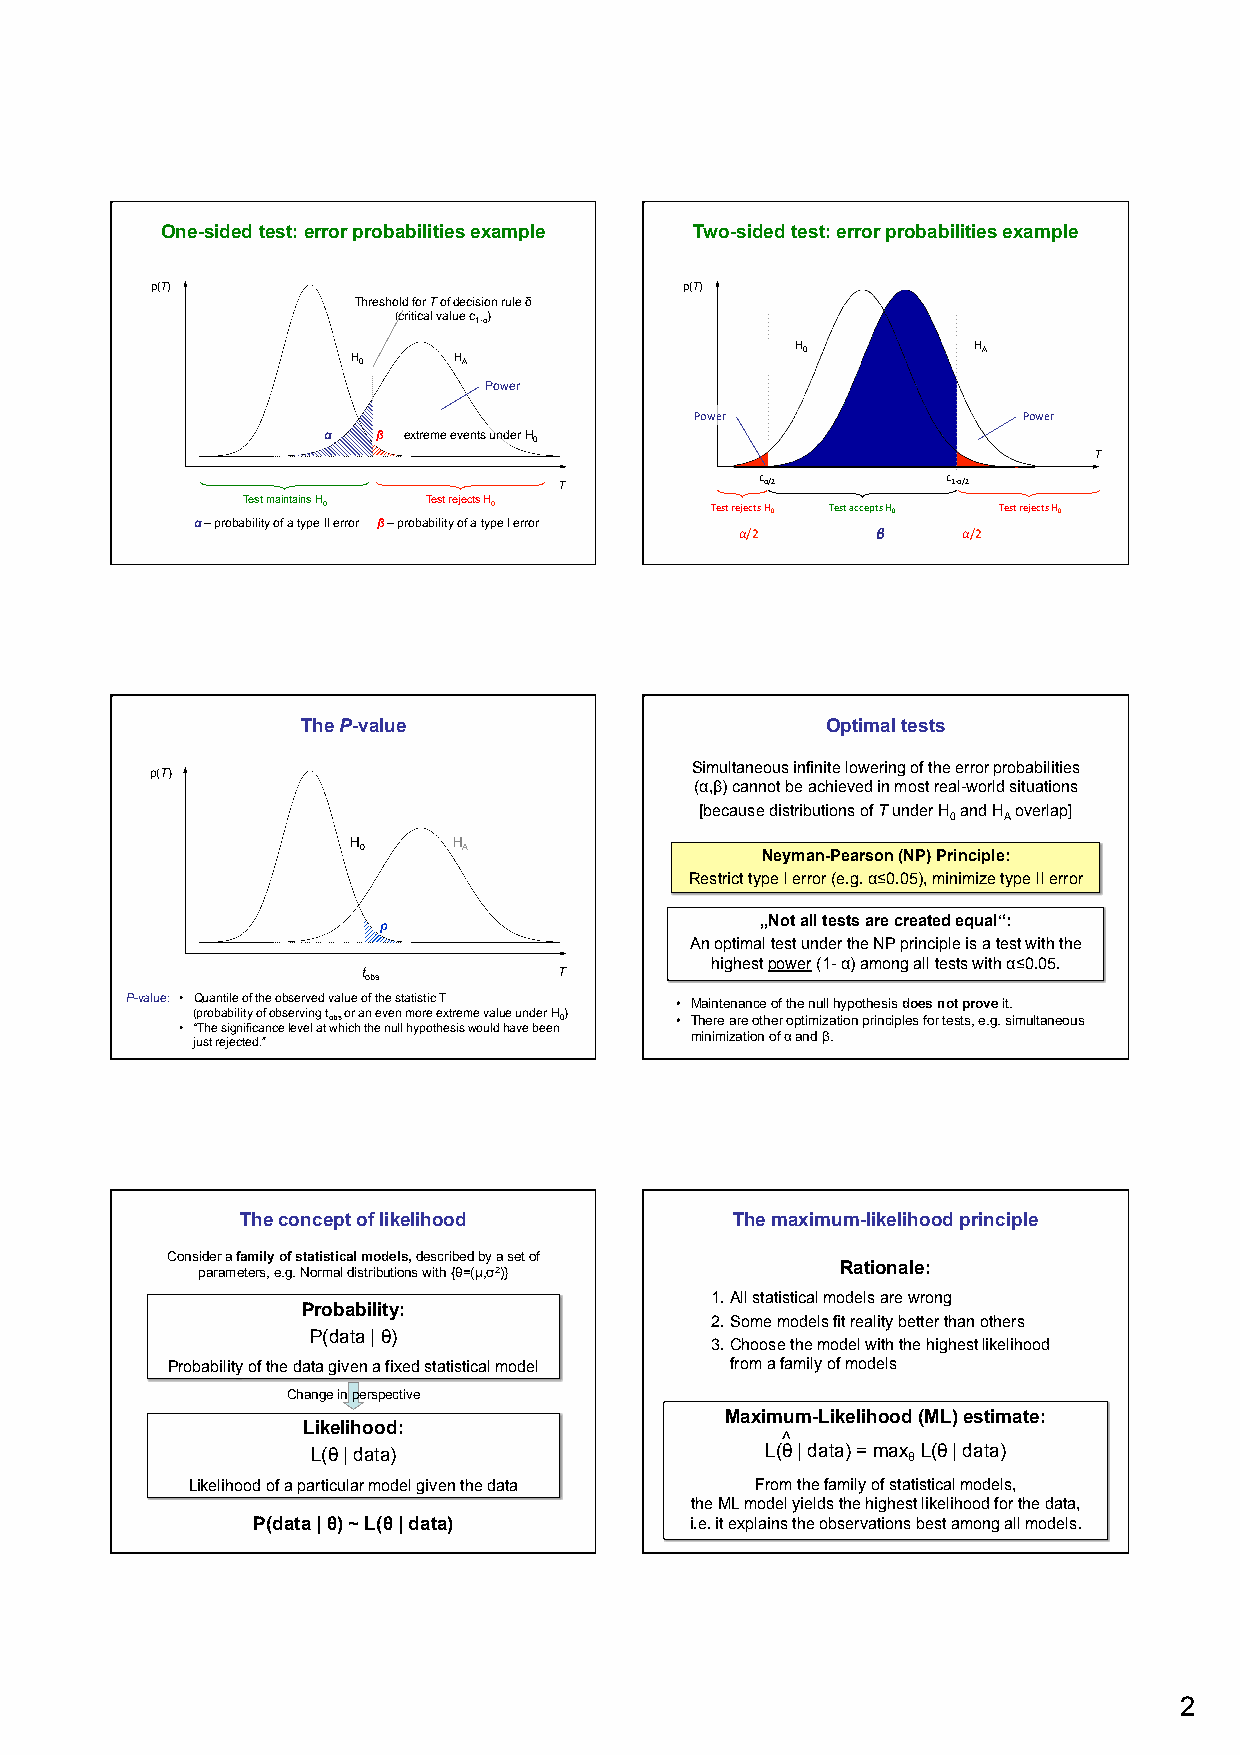
One-sided test: error probabilities example Two-sided test: error probabilities example
 p(T)                               p(T)
 Threshold for T of decision rule δ
 (critical value c1-α)
 H          H
 H      H                      0           A
 0      A
 Power
 Power                 Power
 α   β extreme events under H0
 T
 T
 cα/2         c1-­‐α/2
 Test maintains H0 Test rejects H0
 Test rejects H0 Test accepts H0 Test rejects H0
 α – probability of a type II error β – probability of a type I error
 α/2      β     α/2
 The P-value                        Optimal tests
 Simultaneous infinite lowering of the error probabilities
 p(T)
 (α,β) cannot be achieved in most real-world situations
 [because distributions of T under H and H overlap]
 0  A
 H      H
 0      A                  Neyman-Pearson (NP) Principle:
 Restrict type I error (e.g. α≤0.05), minimize type II error
 „Not all tests are created equal“:
 p
 An optimal test under the NP principle is a test with the
 highest power (1- α) among all tests with α≤0.05.
 t            T
 obs
 P-value: • Quantile of the observed value of the statistic T • Maintenance of the null hypothesis does not prove it.
 (probability of observing tobs or an even more extreme value under H0)
 • There are other optimization principles for tests, e.g. simultaneous
 • “The significance level at which the null hypothesis would have been
 just rejected.”                  minimization of α and β.
 The concept of likelihood        The maximum-likelihood principle
 Consider a family of statistical models, described by a set of
 Rationale:
 parameters, e.g. Normal distributions with {θ=(µ,σ2)}
 1. All statistical models are wrong
 Probability:
 2. Some models fit reality better than others
 P(data | θ)
 3. Choose the model with the highest likelihood
 Probability of the data given a fixed statistical model from a family of models
 Change in perspective
 Maximum-Likelihood (ML) estimate:
 Likelihood:
 ^
 L(θ | data)                   L(θ | data) = max θ L(θ | data)
 Likelihood of a particular model given the data From the family of statistical models,
 the ML model yields the highest likelihood for the data,
 P(data | θ) ~ L(θ | data)    i.e. it explains the observations best among all models.
 2